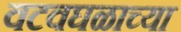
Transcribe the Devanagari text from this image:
वटवघळाच्या